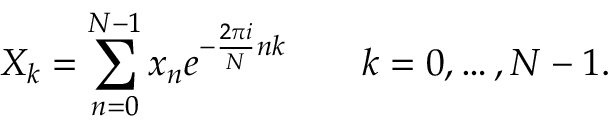
X _ { k } = \sum _ { n = 0 } ^ { N - 1 } x _ { n } e ^ { - { \frac { 2 \pi i } { N } } n k } \qquad k = 0 , \dots , N - 1 .